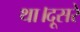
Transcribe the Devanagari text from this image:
था।दूसरे